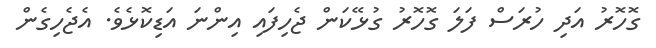
ގޮހޮރު އަދި ހުރަސް ފަލަ ގޮހޮރު ގުޅޭކަން ޖެހިފައި އިންނަ އަޑިކޮޅެވެ. އެޖެހިގެން